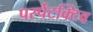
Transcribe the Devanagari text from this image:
पर्स्पेटक्टिव